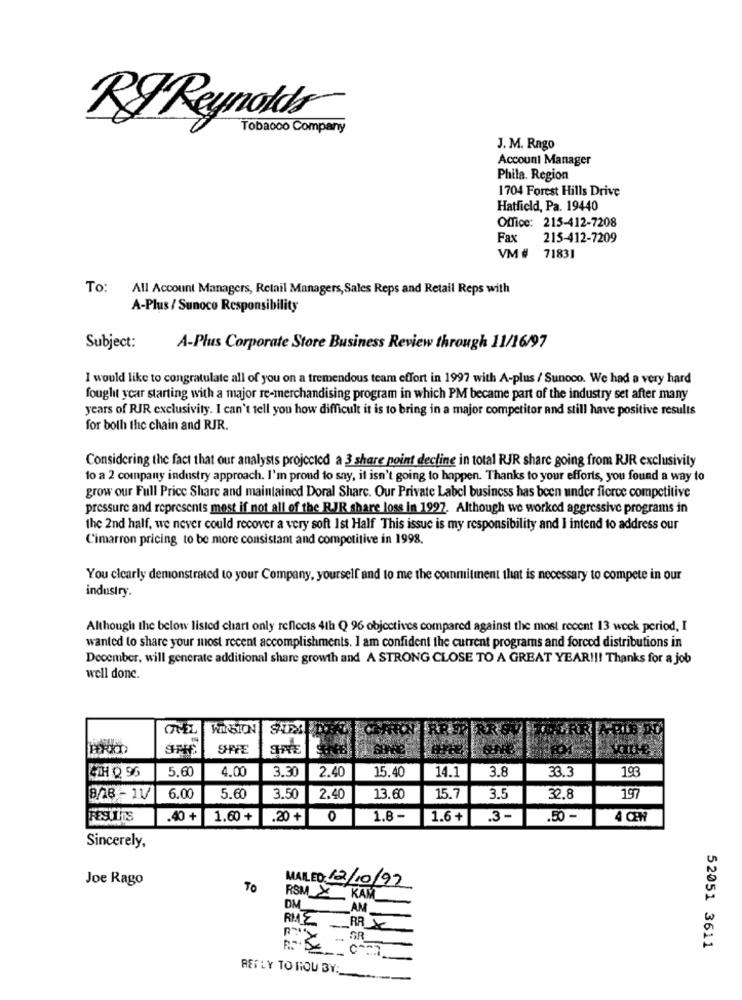
RI Reynolds
Tobacco Company
J. M. Rago
Account Manager
Phila. Region
1704 Forest Hills Drive
Hatfield, Pa. 19440
Office: 215-412-7208
Fax
215-412-7209
VM # 71831
To: All Account Managers, Retail Managers, Sales Reps and Retail Reps with
A-Plus / Sunoco Responsibility
Subject:
A-Plus Corporate Store Business Review through 11/16/97
I would like to congratulate all of you on a tremendous team effort in 1997 with A-plus / Sunoco. We had a very hard
fought year starting with a major re-merchandising program in which PM became part of the industry set after many
years of RJR exclusivity. I can't tell you how difficult it is to bring in a major competitor and still have positive results
for both the chain and RJR.
Considering the fact that our analysts projected a 3 share point decline in total RJR share going from RJR exclusivity
to a 2 company industry approach. I'm proud to say, it isn't going to happen. Thanks to your efforts, you found a way to
grow our Full Price Share and maintained Doral Share. Our Private Label business has been under fierce competitive
pressure and represents mest if not all of the RJR share loss in 1997. Although we worked aggressive programs in
the 2nd half, we never could recover a very soft Ist Half This issue is my responsibility and I intend to address our
Cimarron pricing to be more consistant and competitive in 1998.
You clearly demonstrated to your Company, yourself and to me the commitment that is necessary to compete in our
industry.
Although the below listed chart only reflects 4th Q 96 objectives compared against the most recent 13 weck period, I
wanted to share your most recent accomplishments. I am confident the current programs and forced distributions in
December, will generate additional share growth and A STRONG CLOSE TO A GREAT YEAR !!! Thanks for a job
well done.
SHPFE
5.60
4.00
3.30
15.40
3.8
33.3
193
4TH Q 96
2.40
14.1
197
8/28 - 11/
6.00
5.60
3.50
2.40
13.60
15.7
3.5
32.8
FEST Ins
.40 +
1.60 +
.20 +
0
1.8 -
1.6+
.3-
.50 -
4 QW
Sincerely,
Joe Rago
To
MAILED: 12/10/92
RSM_X KAM
-
DM
AM
RME
-
_RR_X
... SR_
xx
52051 3611
REPLY TO ROU BY: